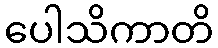
ပေါသိကာတိ